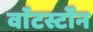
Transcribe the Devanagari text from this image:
वाॅटर्स्टोन